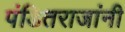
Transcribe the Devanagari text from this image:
पंडितराजांनी